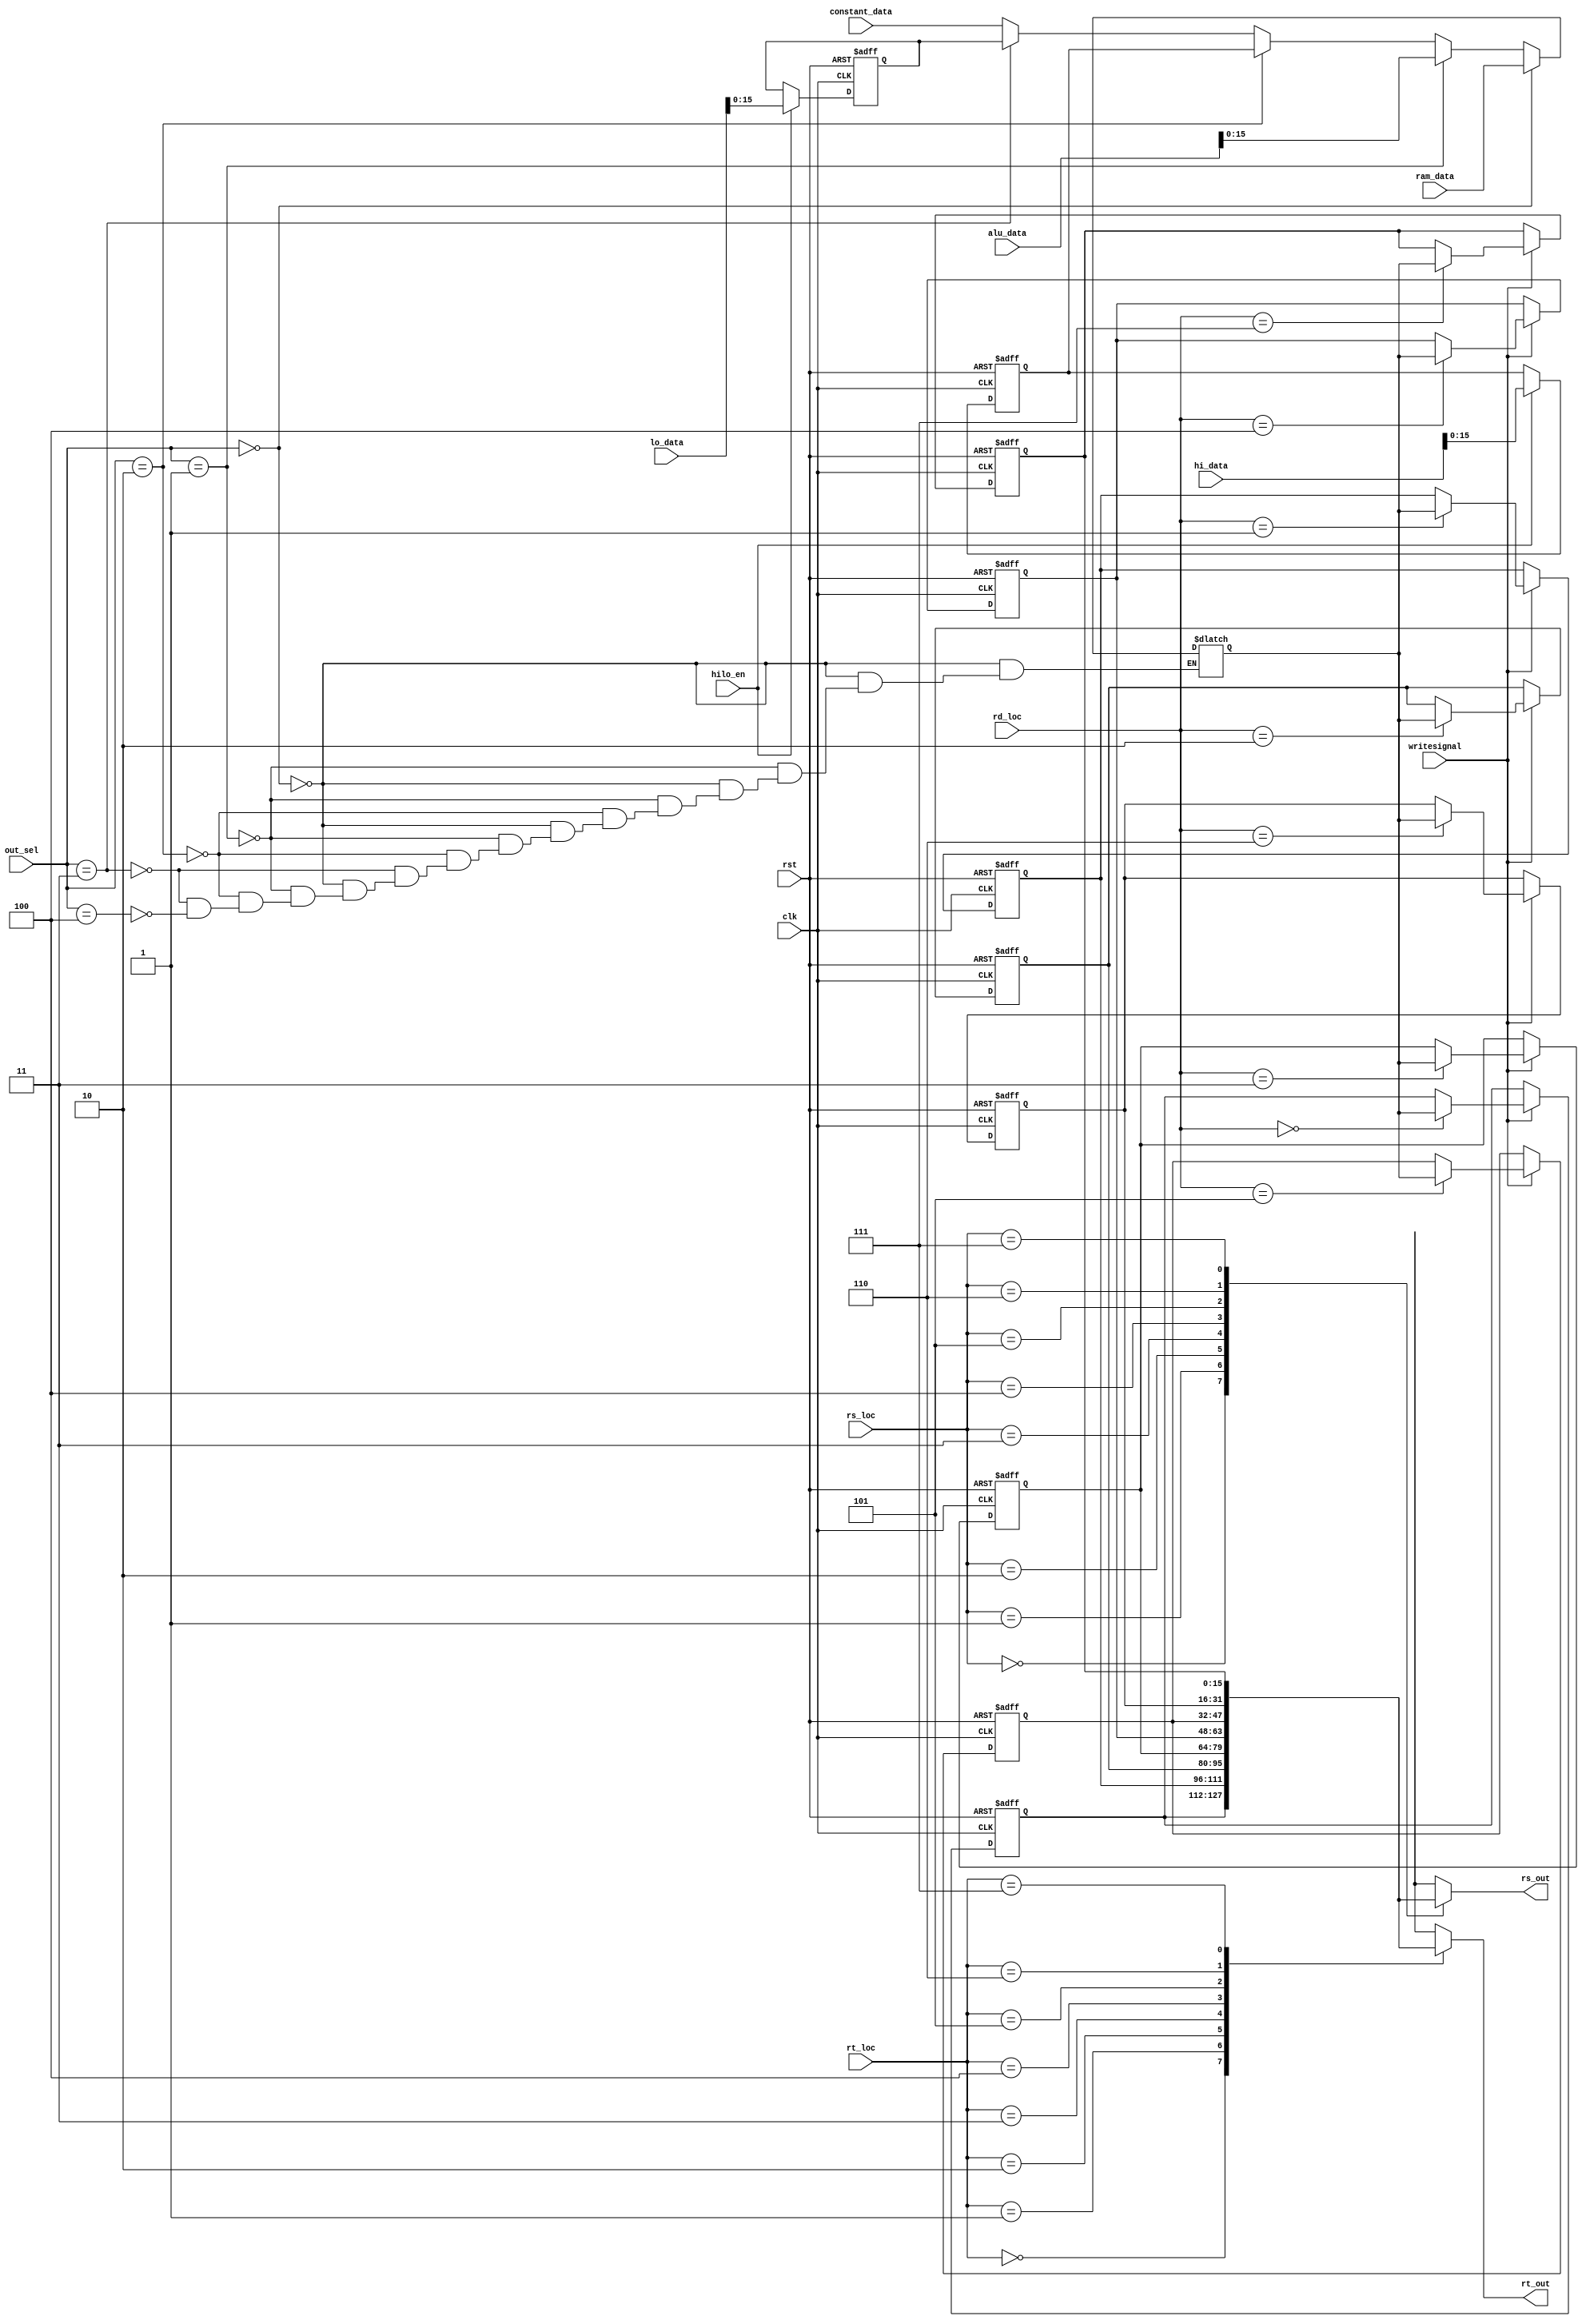
module regfile(clk,rst,rs_loc,rt_loc,rd_loc,alu_data,hi_data,lo_data,constant_data,ram_data,out_sel,writesignal,hilo_en,rs_out,rt_out); 
input [2:0] rs_loc,rt_loc,rd_loc;
 input clk,rst,hilo_en;
 input [16:0] alu_data,hi_data,lo_data;
 input [15:0] constant_data,ram_data;
 input [3:0] out_sel;
 input writesignal;
 output [15:0] rs_out,rt_out;
 reg [15:0] rs_internal,rt_internal;
 reg [15:0] hi_r,lo_r;
 reg [15:0] rd_data;
 reg [15:0] registers[7:0];
 integer i;
 always@(posedge clk,posedge rst)
 begin
 	if(rst==1)
 	for(i=0; i<8;i=i+1)
 	begin
 	registers[i]<=0;
 	end
	else if(writesignal==1)
 	registers[rd_loc]<=rd_data;
 end

 always@(posedge clk,posedge rst)
 begin
 	if(rst==1)
 	begin
	hi_r<=0;
	lo_r<=0;
	end
	else if (hilo_en==1)
	begin
	hi_r<=hi_data;
	lo_r<=lo_data;
	end
 end
 
always@(*)
begin
rs_internal=registers[rs_loc];
rt_internal=registers[rt_loc];
end

 assign rs_out=rs_internal;
 assign rt_out=rt_internal;
 
 always@(*)
 begin
 if(out_sel==0)
 	rd_data=ram_data;
 else if(out_sel==1)
 	rd_data=alu_data;
 else if(out_sel==2)
 	rd_data=hi_r;
 else if(out_sel==3)
 	rd_data=lo_r;
 else if(out_sel==4)
 	rd_data=constant_data;
 end
 
 endmodule